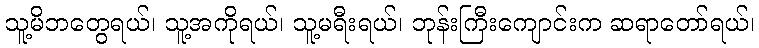
သူ့မိဘတွေရယ်၊ သူ့အကိုရယ်၊ သူ့မရီးရယ်၊ ဘုန်းကြီးကျောင်းက ဆရာတော်ရယ်၊